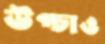
উপ্‌চাও